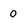
Character: 0